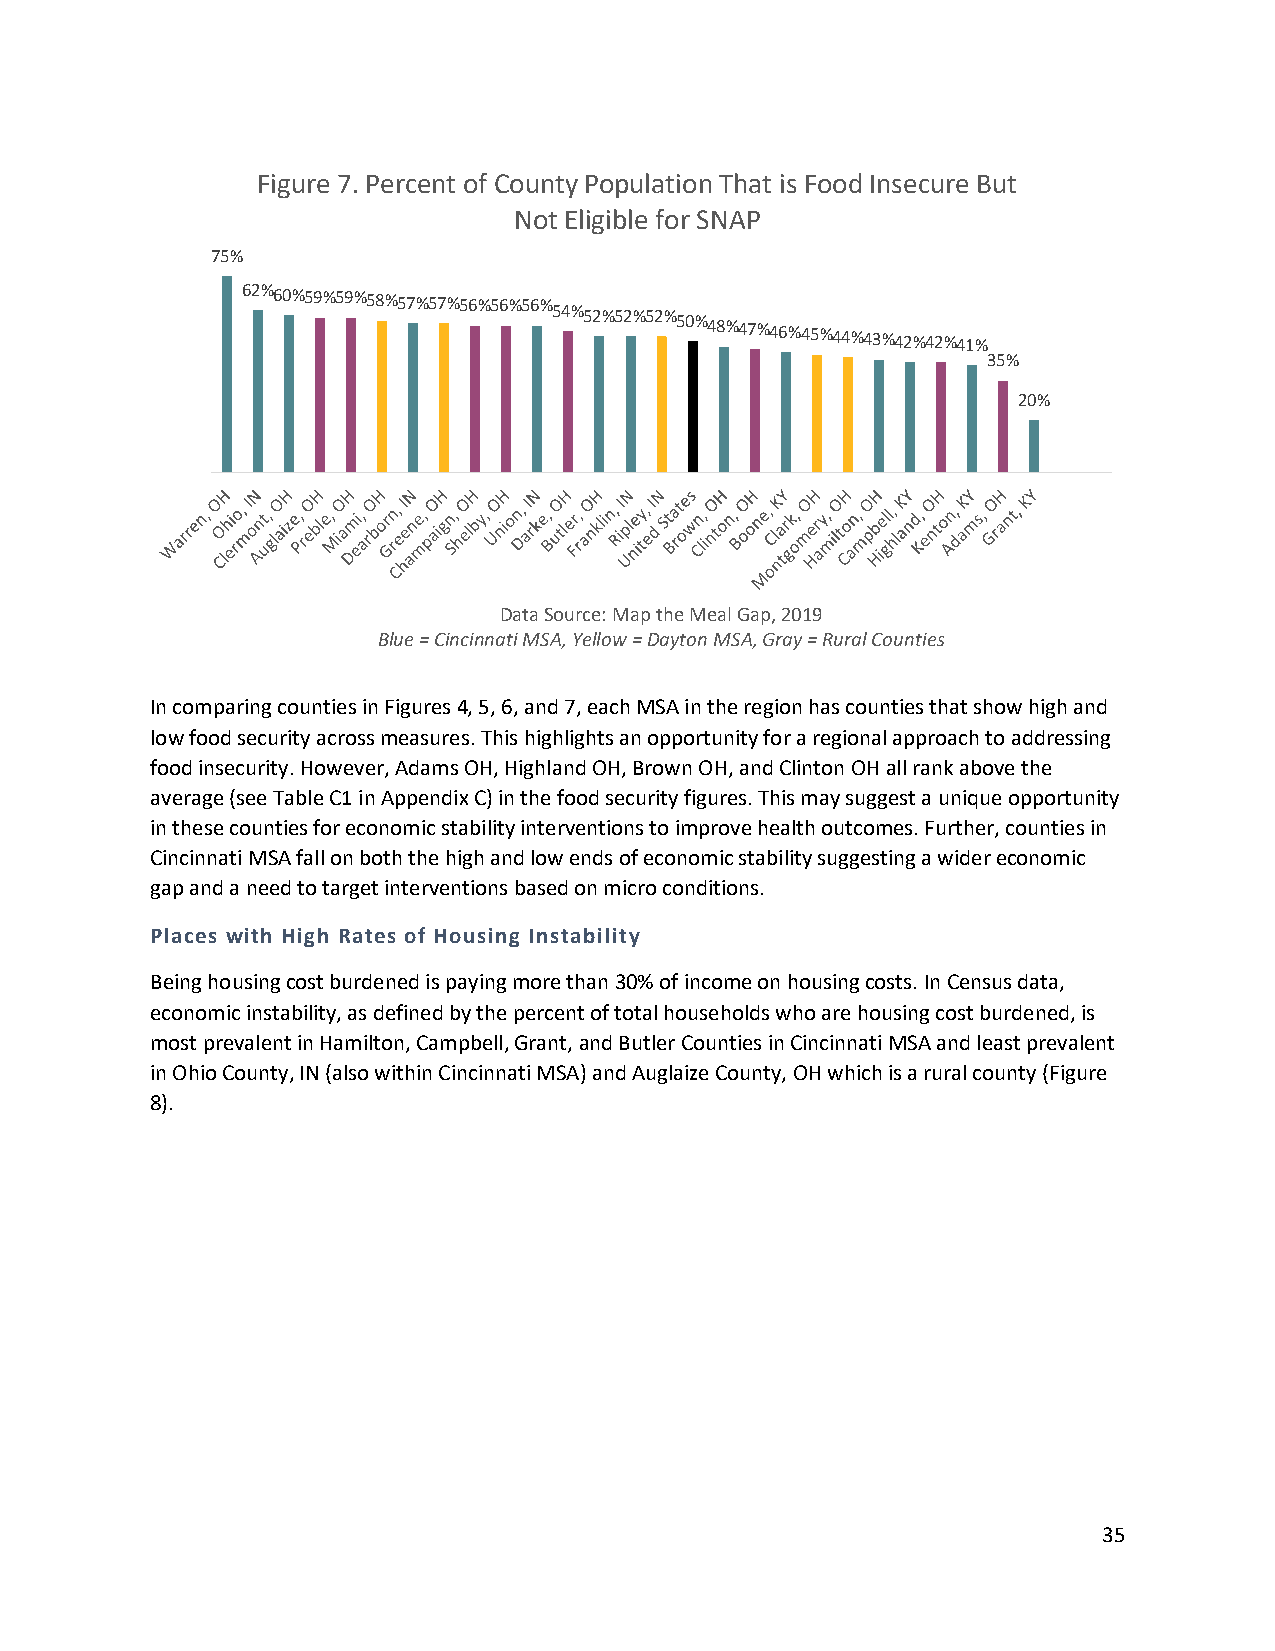
Figure 7. Percent of County Population That is Food Insecure But
 Not Eligible for SNAP
 75%
 62%60%59%59%58%57%57%56%56%56%54%52%52%52%50%48%47%46%45%44%43%42%42%41%
 35%
 20%
 Data Source: Map the Meal Gap, 2019
 Blue = Cincinnati MSA, Yellow = Dayton MSA, Gray = Rural Counties
 In comparing counties in Figures 4, 5, 6, and 7, each MSA in the region has counties that show high and
 low food security across measures. This highlights an opportunity for a regional approach to addressing
 food insecurity. However, Adams OH, Highland OH, Brown OH, and Clinton OH all rank above the
 average (see Table C1 in Appendix C) in the food security figures. This may suggest a unique opportunity
 in these counties for economic stability interventions to improve health outcomes. Further, counties in
 Cincinnati MSA fall on both the high and low ends of economic stability suggesting a wider economic
 gap and a need to target interventions based on micro conditions.
 Places with High Rates of Housing Instability
 Being housing cost burdened is paying more than 30% of income on housing costs. In Census data,
 economic instability, as defined by the percent of total households who are housing cost burdened, is
 most prevalent in Hamilton, Campbell, Grant, and Butler Counties in Cincinnati MSA and least prevalent
 in Ohio County, IN (also within Cincinnati MSA) and Auglaize County, OH which is a rural county (Figure
 8).
 35